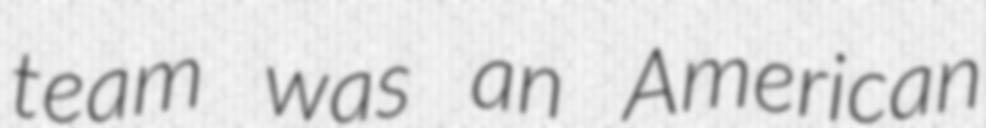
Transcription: team was an American